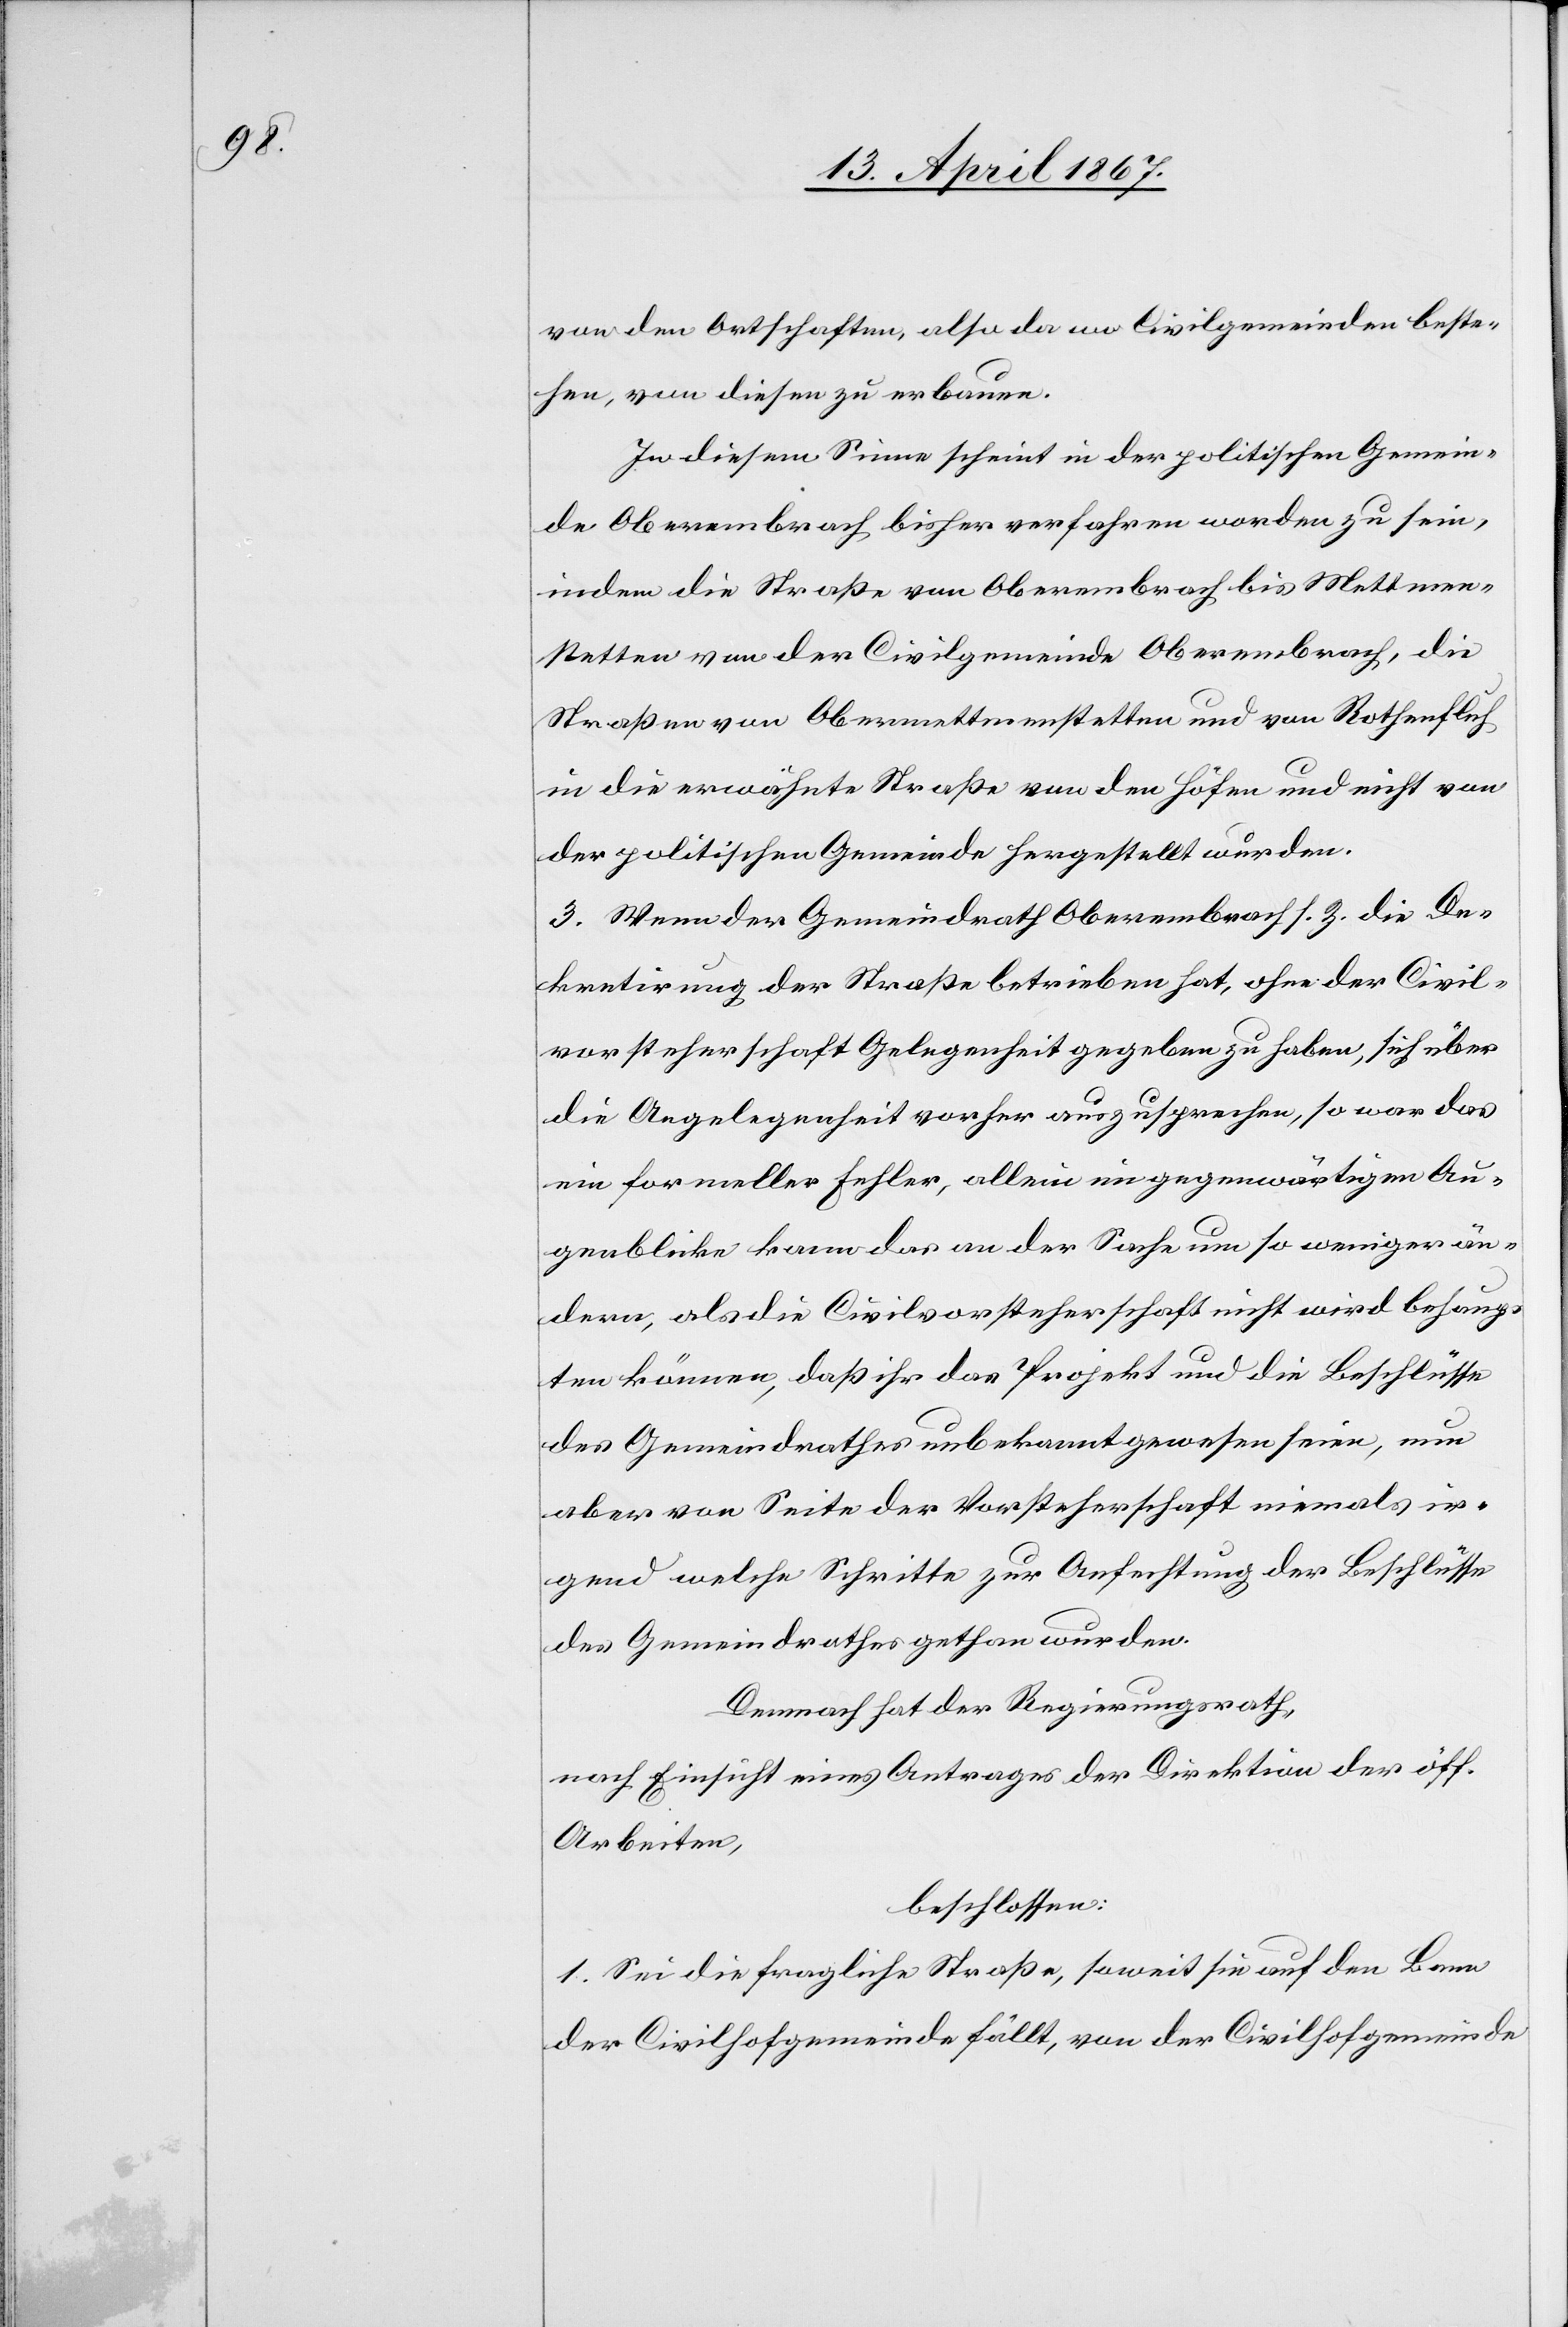
von den Ortschaften, also da wo Civilgemeinden beste¬
hen, von diesen zu erbauen.
In diesem Sinne scheint in der politischen Gemein¬
de Oberembrach bisher verfahren worden zu sein,
indem die Straße von Oberembrach bis Mettmen¬
stetten von der Civilgemeinde Oberembrach, die
Straßen von Obermettmenstetten und von Rothenfluh
in die erwähnte Straße von den Höfen und nicht von
der politischen Gemeinde hergestellt wurden.
3. Wenn der Gemeindrath Oberembrach s. Z. die De¬
kretirung der Straße betrieben hat, ohne der Civil¬
vorsteherschaft Gelegenheit gegeben zu haben, sich über
die Angelegenheit vorher auszusprechen, so war das
ein formeller Fehler, allein im gegenwärtigen Au¬
genblicke kann das an der Sache um so weniger än¬
dern, als die Civilvorsteherschaft nicht wird behaup¬
ten können, daß ihr das Projekt und die Beschlüsse
des Gemeindrathes unbekannt gewesen seien, nun
aber von Seite der Vorsteherschaft niemals ir¬
gend welche Schritte zur Anfechtung der Beschlüsse
des Gemeindrathes gethan wurden.
Demnach hat der Regierungsrath,
nach Einsicht eines Antrages der Direktion der öff.
Arbeiten,
beschlossen:
1. Sei die fragliche Straße, soweit sie auf den Bann
der Civilhofgemeinde fällt, von der Civilhofgemeinde